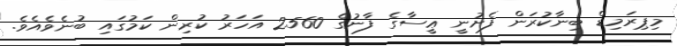
މިޕިރަމިޑް ބިނާކުރަން ފެށުނީ ޢީސާގެ ފާނުގެ 2560 އަހަރު ކުރިން ކަމުގައި ބުނެވެއެވެ.